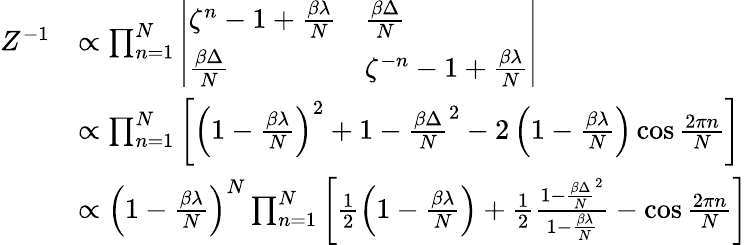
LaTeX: \begin{array}{rl}{Z^{-1}}&{\propto\prod_{n=1}^{N}\left|\begin{array}{ll}{\zeta^{n}-1+\frac{\beta\lambda}{N}}&{\frac{\beta\Delta}{N}}\\ {\frac{\beta\Delta}{N}}&{\zeta^{-n}-1+\frac{\beta\lambda}{N}}\end{array}\right|}\\ &{\propto\prod_{n=1}^{N}\left[\left(1-\frac{\beta\lambda}{N}\right)^{2}+1-\frac{\beta\Delta}{N}^{2}-2\left(1-\frac{\beta\lambda}{N}\right)\cos\frac{2\pi n}{N}\right]}\\ &{\propto\left(1-\frac{\beta\lambda}{N}\right)^{N}\prod_{n=1}^{N}\left[\frac{1}{2}\left(1-\frac{\beta\lambda}{N}\right)+\frac{1}{2}\frac{1-\frac{\beta\Delta}{N}^{2}}{1-\frac{\beta\lambda}{N}}-\cos\frac{2\pi n}{N}\right]}\end{array}